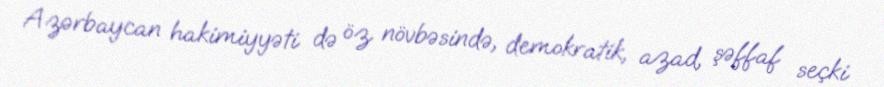
Azərbaycan hakimiyyəti də öz növbəsində, demokratik, azad, şəffaf seçki